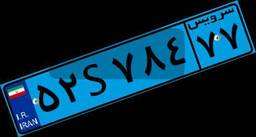
۵۲S۷۸۴۷۷